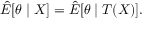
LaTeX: { \hat { E } } [ \theta \mid X ] = { \hat { E } } [ \theta \mid T ( X ) ] .